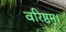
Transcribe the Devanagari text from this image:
वरिष्ठम्‌।